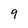
Character: 9